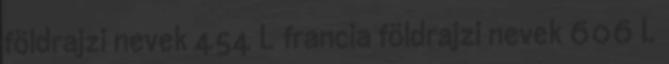
földrajzi nevek‎ 454 L francia földrajzi nevek‎ 606 L